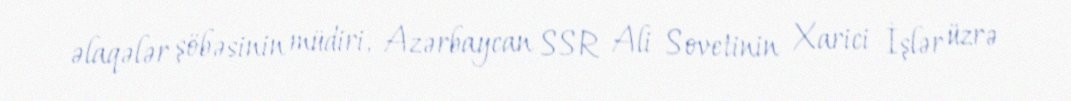
əlaqələr şöbəsinin müdiri, Azərbaycan SSR Ali Sovetinin Xarici İşlər üzrə